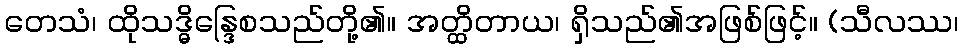
တေသံ၊ ထိုသဒ္ဓိန္ဒြေစသည်တို့၏။ အတ္ထိတာယ၊ ရှိသည်၏အဖြစ်ဖြင့်။ (သီလဿ၊